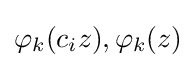
\varphi _{k}(c_{i}z),\varphi _{k}(z)